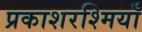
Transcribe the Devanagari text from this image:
प्रकाशरश्मियाँ